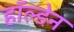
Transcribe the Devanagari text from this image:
हाॅल्डेन